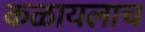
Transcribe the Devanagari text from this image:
कळायलाच